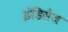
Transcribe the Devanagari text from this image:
इंडिसेज